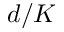
d / K